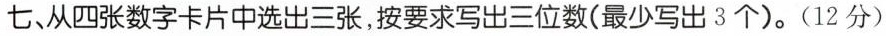
七、从四张数字卡片中选出三张，按要求写出三位数(最少写出3个)。(12分)